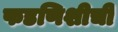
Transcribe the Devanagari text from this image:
फडणिशीची